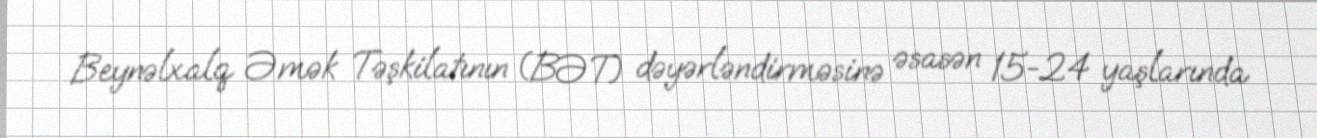
Beynəlxalq Əmək Təşkilatının (BƏT) dəyərləndirməsinə əsasən 15-24 yaşlarında